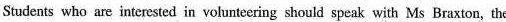
Students who are interested in volunteering should speak with Ms Braxton, the